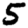
Digit: 5